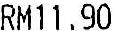
RM11.90